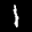
Label: 1